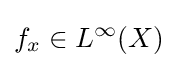
f_{x}\in L^{\infty }(X)